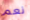
نعم